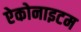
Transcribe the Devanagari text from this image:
ऐकोनाइटम